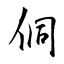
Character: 侗